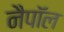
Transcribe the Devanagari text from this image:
नैपॉल